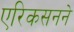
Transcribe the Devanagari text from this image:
एरिकसनने